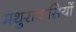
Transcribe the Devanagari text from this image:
मथुरावासियों